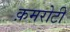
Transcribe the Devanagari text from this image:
क़मरोटी